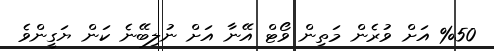
%50 އަށް ވުރެން މަތިން ވޯޓް އޭނާ އަށް ނުލިބޭނެ ކަން ޔަގީންވެ